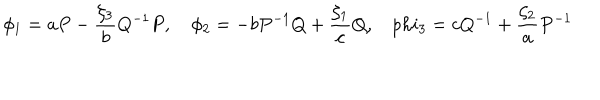
LaTeX: \phi _ { 1 } = a P - \frac { \zeta _ { 3 } } { b } Q ^ { - 1 } P , \phi _ { 2 } = - b P ^ { - 1 } Q + \frac { \zeta _ { 1 } } { c } Q , \ \ \ \, p h i _ { 3 } = c Q ^ { - 1 } + \frac { \zeta _ { 2 } } { a } P ^ { - 1 }